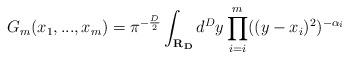
LaTeX: \begin{align*}G_m(x_1,...,x_m) = \pi^{-\frac{D}{2}} \int_{\bf{R}_D} d^Dy \prod_{i=i}^m ((y-x_i)^2)^{-\alpha_i}\end{align*}